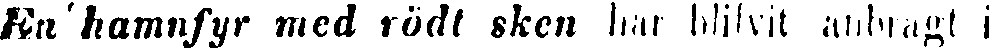
En ' hamnfyr med rödt sken har blifvit anbragt i